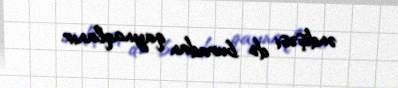
əndişəsi də buradan qaynaqlanır.